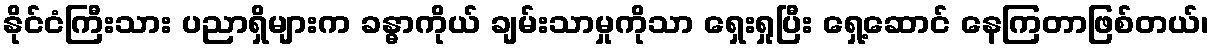
နိုင်ငံကြီးသား ပညာရှိများက ခန္ဓာကိုယ် ချမ်းသာမှုကိုသာ ရှေးရှုပြီး ရှေ့ဆောင် နေကြတာဖြစ်တယ်၊